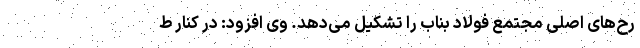
رح‌های اصلی مجتمع فولاد بناب را تشکیل می‌دهد. وی افزود: در کنار ط